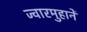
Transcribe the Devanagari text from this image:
ज्वारमुहानें